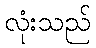
လုံးသည်